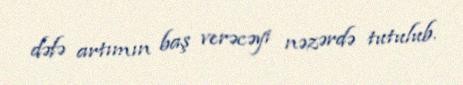
dəfə artımın baş verəcəyi nəzərdə tutulub.